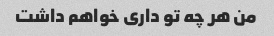
من هر چه تو داری خواهم داشت